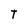
Character: T